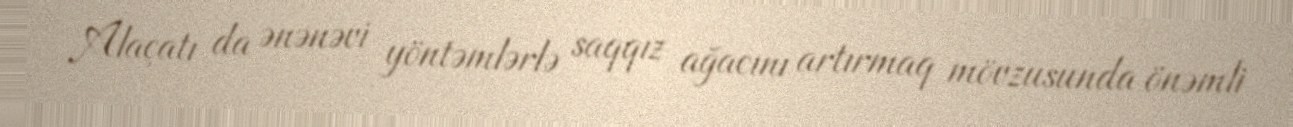
Alaçatı da ənənəvi yöntəmlərlə saqqız ağacını artırmaq mövzusunda önəmli